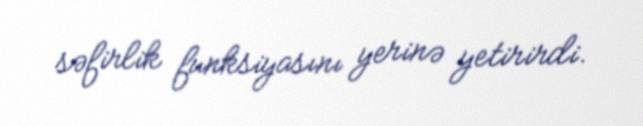
səfirlik funksiyasını yerinə yetirirdi.